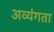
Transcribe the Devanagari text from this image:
अव्यंगता